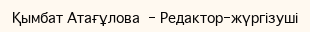
Қымбат Атағұлова  - Редактор-жүргізуші